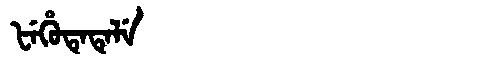
Manchu: ᡶᡝᡥᡠᡨᡝᡨᡝᠯᡝ
Romanization: FEHUTETELE